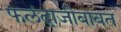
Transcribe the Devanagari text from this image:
फलंदाजीबाबत